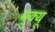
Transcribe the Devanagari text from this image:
यूक्यू